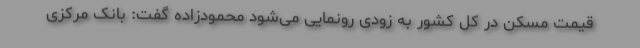
قیمت مسکن در کل کشور به زودی رونمایی می‌شود محمودزاده گفت: بانک مرکزی